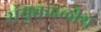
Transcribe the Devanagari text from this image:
संयुक्तदलीय